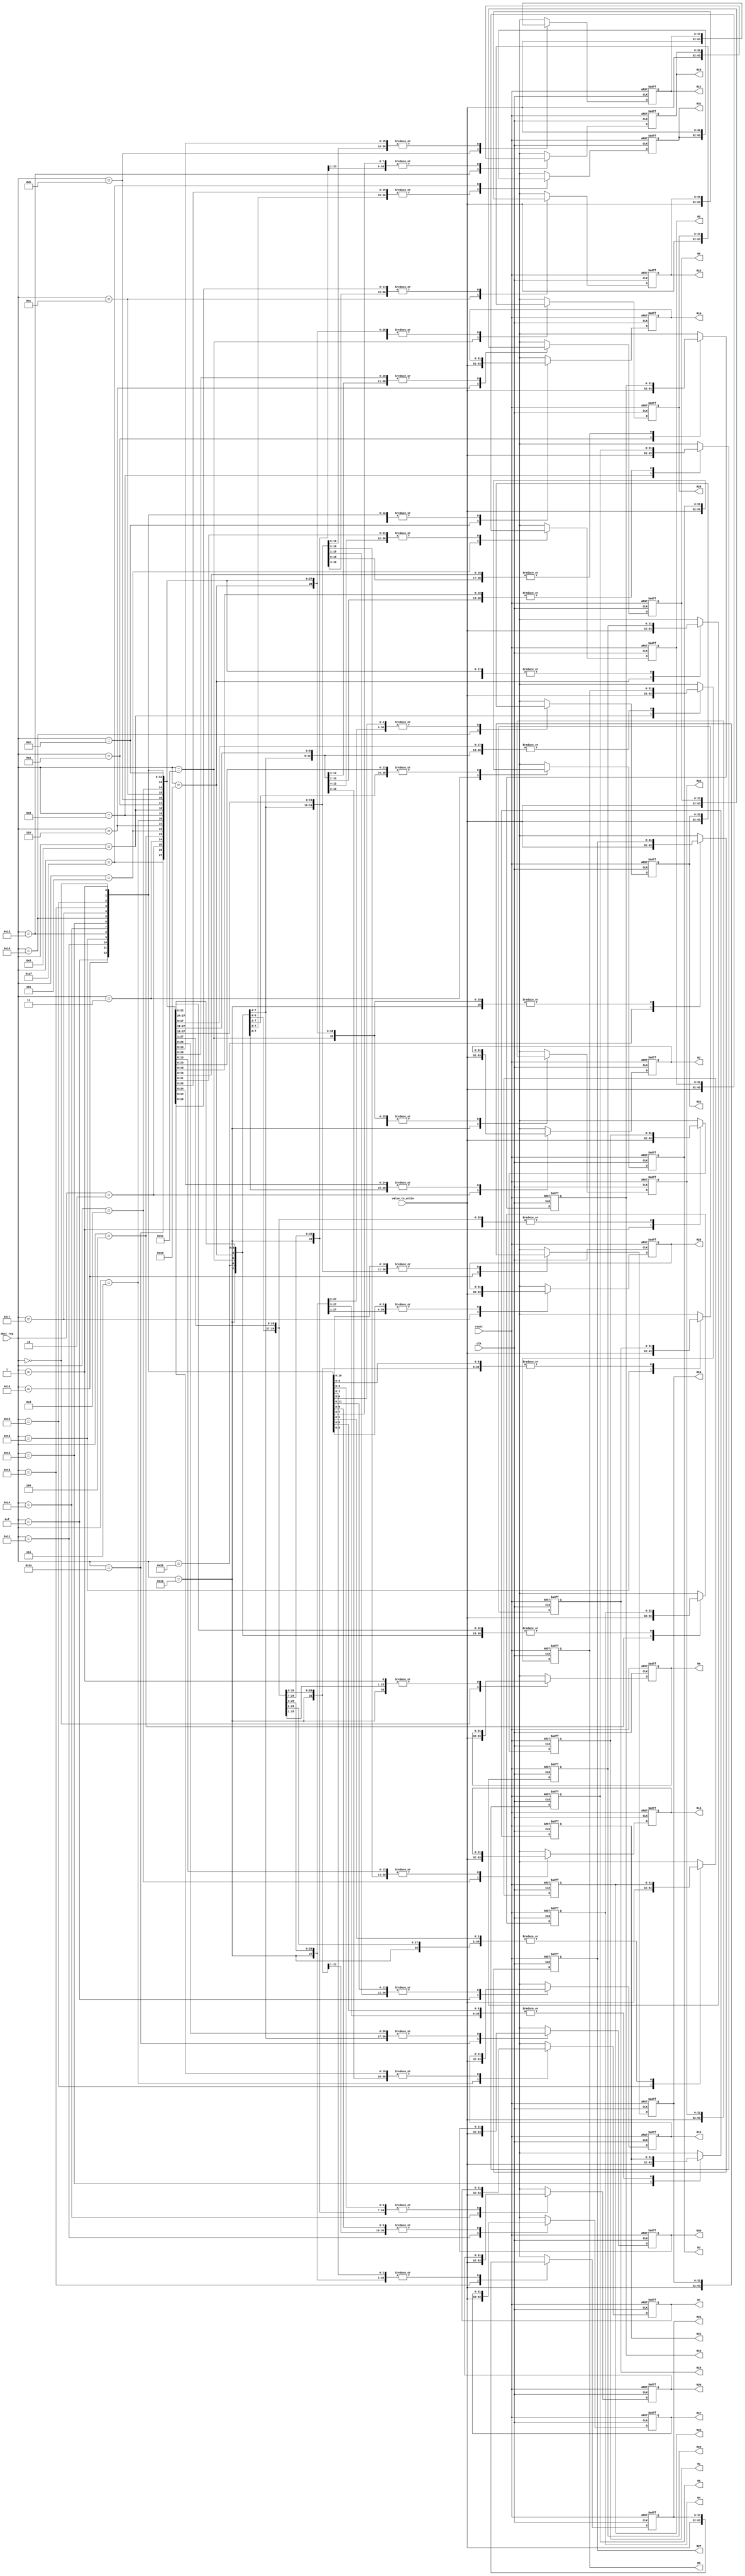
 module Write_Back(clk , reset, dest_reg, value_to_write,
 R0, R1, R2, R3, R4, R5, R6, R7, R8, R9 , R10, R11 , R12, R13, R14,
 R15, R16, R17, R18, R19, R20, R21, R22, R23, R24, R25, R26, R27, R28,
 R29, R30 , R31);
 
 input clk;
 input reset;
 input [4:0]dest_reg;
 input [31:0] value_to_write;
 output reg [31:0] R0, R1, R2, R3, R4, R5, R6, R7, R8, R9 , R10, R11 , R12, R13, R14,
 R15, R16, R17, R18, R19, R20, R21, R22, R23, R24, R25, R26, R27, R28,
 R29, R30 , R31;
 
 
 
 always @(posedge clk or negedge reset)
 begin
 if (!reset)
 begin 
 R0=0;
 R1=0;
 R2=0;
 R3=0;
 R4=0;
 R5=0;
 R6=0;
 R7=0;
 R8=0;
 R9=0;
 R10=0;
 R11=0;
 R12=0;
 R13=0;
 R14=0;
 R15=0;
 R16=0;
 R17=0;
 R18=0;
 R19=0;
 R20=0;
 R21=0;
 R22=0;
 R23=0;
 R24=0;
 R25=0;
 R26=0;
 R27=0;
 R28=0;
 R29=0;
 R30=0;
 R31=0;
 end
 else 
 begin 
 case(dest_reg)
 5'b00000: R0 = value_to_write;
 5'b00001: R1 = value_to_write;
 5'b00010: R2 = value_to_write;
 5'b00011: R3 = value_to_write;
 5'b00100: R4 = value_to_write;
 5'b00101: R5 = value_to_write;
 5'b00110: R6 = value_to_write;
 5'b00111: R7 = value_to_write;
 5'b01000: R8 = value_to_write;
 5'b01001: R9 = value_to_write;
 5'b01010: R10 = value_to_write;
 5'b01011: R11 = value_to_write;
 5'b01100: R12 = value_to_write;
 5'b01101: R13 = value_to_write;
 5'b01110: R14 = value_to_write;
 5'b01111: R15 = value_to_write;
 5'b10000: R16 = value_to_write;
 5'b10001: R17 = value_to_write;
 5'b10010: R18 = value_to_write;
 5'b10011: R19 = value_to_write;
 5'b10100: R20 = value_to_write;
 5'b10101: R21 = value_to_write;
 5'b10110: R22 = value_to_write;
 5'b10111: R23 = value_to_write;
 5'b11000: R24 = value_to_write;
 5'b11001: R25 = value_to_write;
 5'b11010: R26 = value_to_write;
 5'b11011: R27 = value_to_write;
 5'b11100: R28 = value_to_write;
 5'b11101: R29 = value_to_write;
 5'b11110: R30 = value_to_write;
 5'b11111: R31 = value_to_write;
 endcase
 end
 end //always
 
 
 endmodule